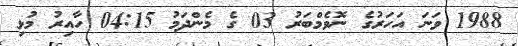
1988 ވަނަ އަހަރުގެ ނޮވެމްބަރު 03 ގެ މެންދަމު 04:15 ހާއިރު މުޅި